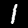
Label: 1